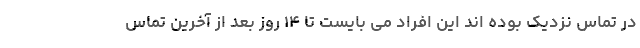
در تماس نزدیک بوده اند این افراد می بایست تا ۱۴ روز بعد از آخرین تماس